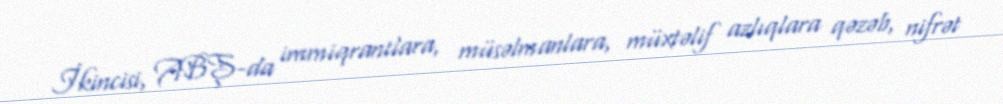
İkincisi, ABŞ-da immiqrantlara, müsəlmanlara, müxtəlif azlıqlara qəzəb, nifrət